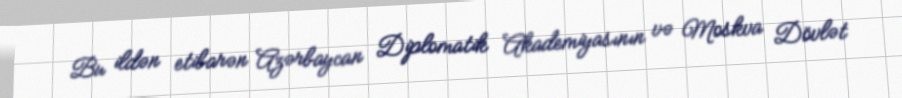
Bu ildən etibarən Azərbaycan Diplomatik Akademiyasının və Moskva Dövlət